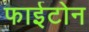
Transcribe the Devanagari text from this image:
फाईटोन